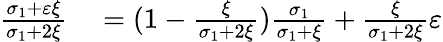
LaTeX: \begin{array}{rl}{\frac{\sigma_{1}+\varepsilon\xi}{\sigma_{1}+2\xi}}&{{}=(1-\frac{\xi}{\sigma_{1}+2\xi})\frac{\sigma_{1}}{\sigma_{1}+\xi}+\frac{\xi}{\sigma_{1}+2\xi}\varepsilon}\end{array}